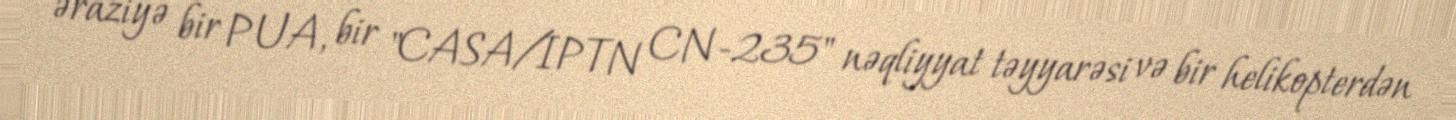
əraziyə bir PUA, bir "CASA/IPTN CN-235" nəqliyyat təyyarəsi və bir helikopterdən